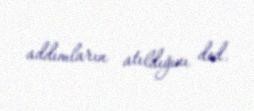
addımların atıldığını ded.